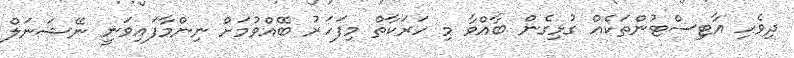
ދިވެހި އާޓިސްޓުންތަކެއް ގުޅިގެން ބާއްވާ މި ހަރަކާތް މިފަހަރު ބޭއްވުމަށް ނިންމާފައިވަނީ ނޭޝަނަލް